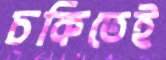
চকিতেই